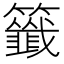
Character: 籤